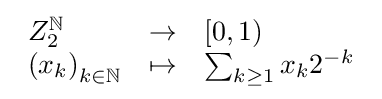
{\begin{array}{lll}Z_{2}^{\mathbb {N} }&\to &[0,1)\\\left(x_{k}\right)_{k\in \mathbb {N} }&\mapsto &\sum _{k\geq 1}x_{k}2^{-k}\end{array}}